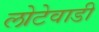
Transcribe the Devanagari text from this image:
लोटेवाडी